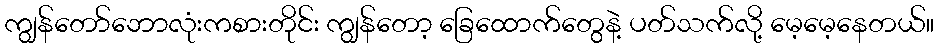
ကျွန်တော်ဘောလုံးကစားတိုင်း ကျွန်တော့ ခြေထောက်တွေနဲ့ ပတ်သက်လို့ မေ့မေ့နေတယ်။